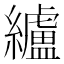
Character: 纑